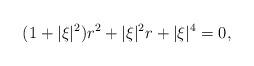
LaTeX: \begin{align*}(1+|\xi|^2)r^2+|\xi|^2 r+|\xi|^4=0, \end{align*}